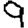
Digit: 9